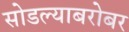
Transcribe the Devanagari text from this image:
सोडल्याबरोबर